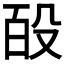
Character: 𭮩